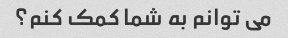
می توانم به شما کمک کنم؟